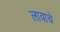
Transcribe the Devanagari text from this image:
लावाचे